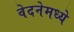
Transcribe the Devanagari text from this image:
वेदनेमध्ये